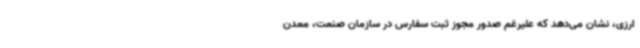
ارزی، نشان می‌دهد که علیرغم صدور مجوز ثبت سفارس در سازمان صنعت، معدن